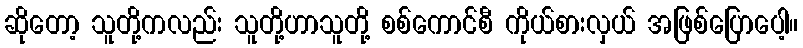
ဆိုတော့ သူတို့ကလည်း သူတို့ဟာသူတို့ စစ်ကောင်စီ ကိုယ်စားလှယ် အဖြစ်ပြောပေါ့။